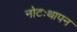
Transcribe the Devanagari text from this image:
नोटःथापन